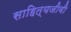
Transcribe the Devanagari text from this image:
साहित्यजीवी